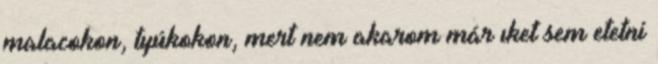
malacokon, tyúkokon, mert nem akarom már ıket sem etetni